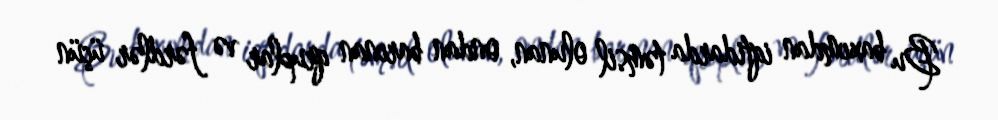
Bu baxımdan iqtidarda təmsil olunan, ondan barınan qruplar və fərdlər üçün